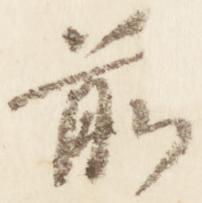
前